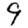
Digit: 9